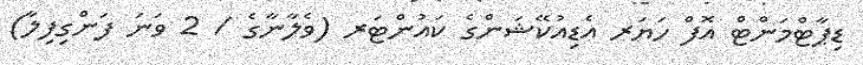
ޑިޕާޓްމަންޓް އޮފް ހަޔަރ އެޑިއުކޭޝަންގެ ކައުންޓަރ (ވެލާނާގެ / 2 ވަނަ ފަންގިފިލާ)